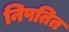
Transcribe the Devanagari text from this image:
निपतित